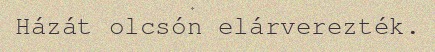
Házát olcsón elárverezték.